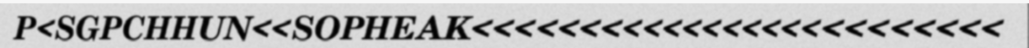
P<SGPCHHUN<<SOPHEAK<<<<<<<<<<<<<<<<<<<<<<<<<